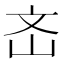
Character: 𡵡